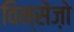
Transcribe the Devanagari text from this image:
विन्सेंज़ो